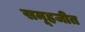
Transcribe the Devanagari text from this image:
समूहजीत